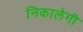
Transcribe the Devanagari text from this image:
निकालेगी